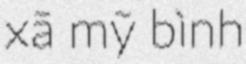
xã mỹ bình